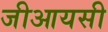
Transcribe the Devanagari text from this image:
जीआयसी